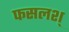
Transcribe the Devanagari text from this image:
फसलश्